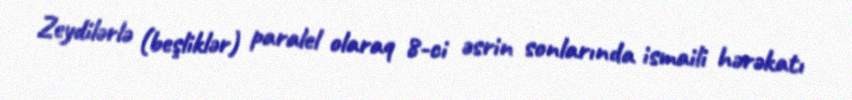
Zeydilərlə (beşliklər) paralel olaraq 8-ci əsrin sonlarında ismaili hərəkatı